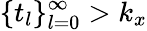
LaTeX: \{ t_{l}\} _{l=0}^{\infty}>k_{x}